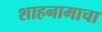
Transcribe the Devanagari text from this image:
शाहनामाचा